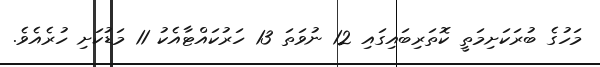
މަހުގެ ބުރަކަށިމަތީ ކޮތަރިބައިގައި 12 ނުވަތަ 13 ހަރުކައްޓާއެކު 11 މަޑުކަށި ހުރެއެވެ.